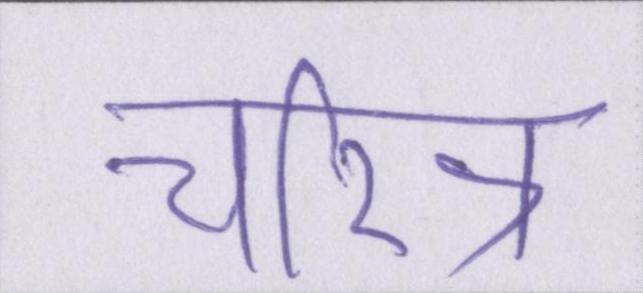
चरित्र